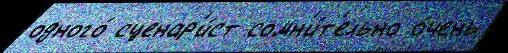
одного́ сценар'и́ст сомн'и́т'ельно о́чень